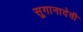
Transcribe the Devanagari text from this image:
सुगानादेवी